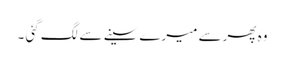
وہ پھرسے میرے سینے سے لگ گئی ۔